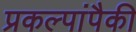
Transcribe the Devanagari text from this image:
प्रकल्पांपैकी